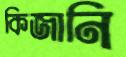
কিজানি